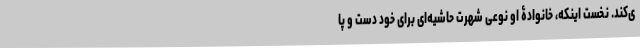
ی‌کند. نخست اینکه، خانوادۀ او نوعی شهرتِ حاشیه‌ای برای خود دست و پا